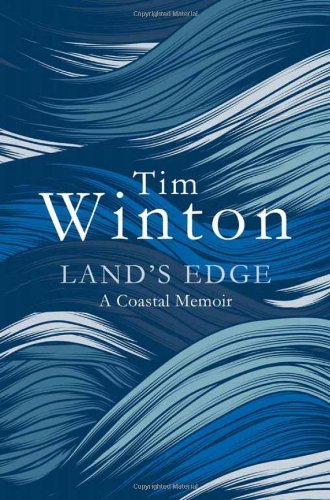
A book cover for Land's Edge: A Coastal Memoir; Tim Winton; Biographies & Memoirs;